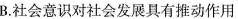
B.社会意识对社会发展具有推动作用